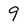
Character: 9